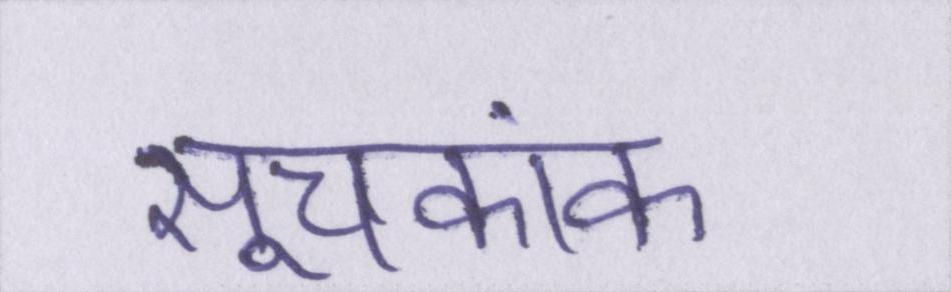
सूचकांक